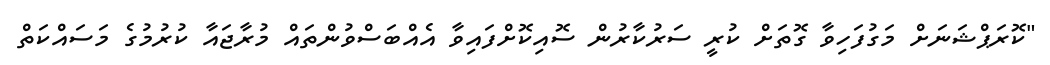
"ކޮރަޕްޝަނަށް މަގުފަހިވާ ގޮތަށް ކުރީ ސަރުކާރުން ސޮއިކޮށްފައިވާ އެއްބަސްވުންތައް މުރާޖައާ ކުރުމުގެ މަސައްކަތް